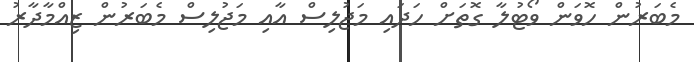
މެބަރުން ހޮވަން ވޯޓުލާ ގޮތަށް ހަދައި މަޖުލިސް އާއި މަޖުލިސް މެބަރުން ޒިއްމާދާރު